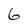
Character: 6